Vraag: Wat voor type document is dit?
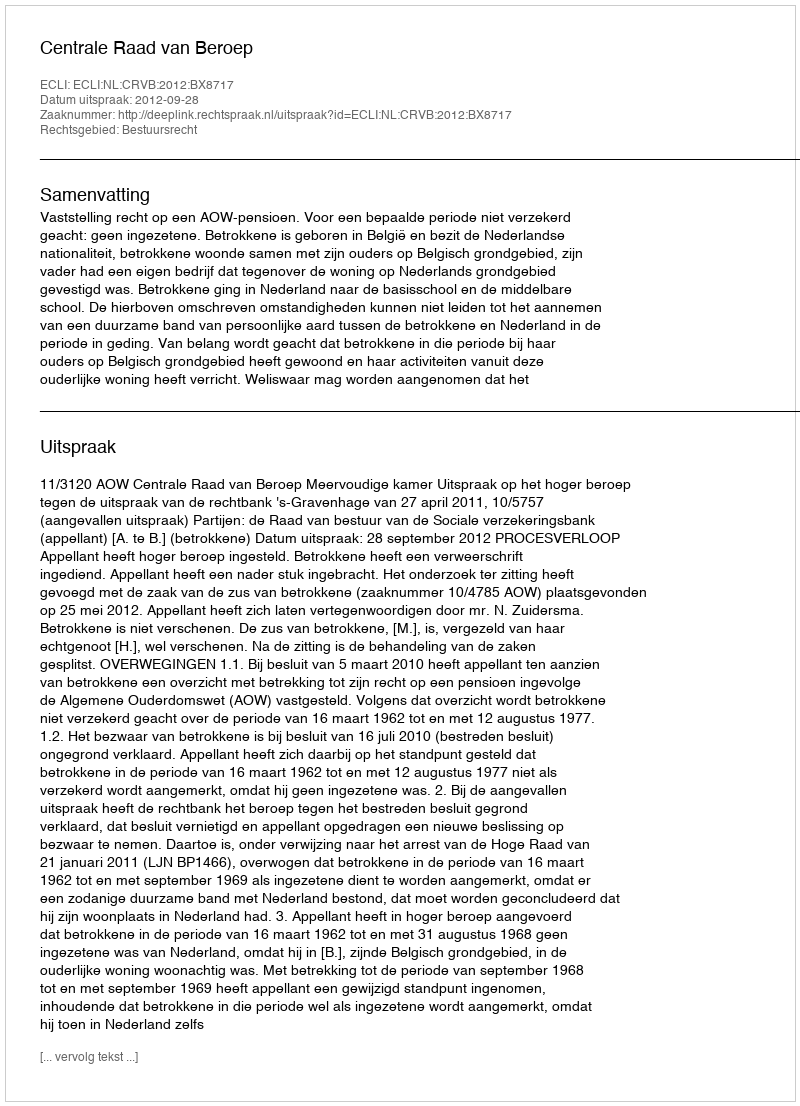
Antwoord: Uitspraak